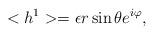
LaTeX: \begin{align*}<h^{1}>=\epsilon r\sin \theta e^{i\varphi }, \end{align*}